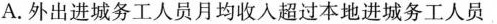
A.外出进城务工人员月均收入超过本地进城务工人员